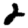
Digit: 2